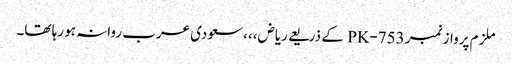
ملزم پرواز نمبر PK-753 کے ذریعے ریاض،،،سعودی عرب روانہ ہو رہا تھا۔